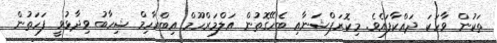
ތަކުން ވާހަކަ ދައްކާފައެވެ. މިކޮރަޕްޝަނާއި ބެހޭގޮތުން އަލްމަރްހޫމް އިބްރާހިމް ޝިހާބު ވިދާޅުވީ ފަހަތުން